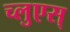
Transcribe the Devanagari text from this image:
च्लुएस्